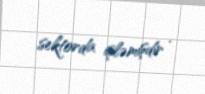
sektorda işləmişdir .